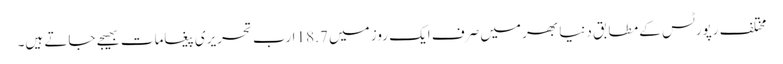
مختلف رپورٹس کے مطابق دنیا بھر میں صرف ایک روز میں 18.7 ارب تحریری پیغامات بھیجے جاتے ہیں۔